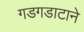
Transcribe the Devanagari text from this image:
गडगडाटाने